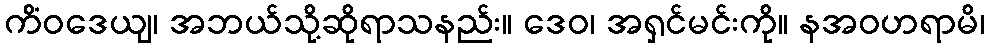
ကိံဝဒေယျ၊ အဘယ်သို့ဆိုရာသနည်း။ ဒေဝ၊ အရှင်မင်းကို။ နအဝဟရာမိ၊